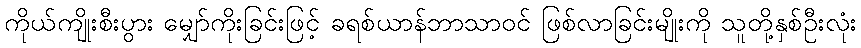
ကိုယ်ကျိုးစီးပွား မျှော်ကိုးခြင်းဖြင့် ခရစ်ယာန်ဘာသာဝင် ဖြစ်လာခြင်းမျိုးကို သူတို့နှစ်ဦးလုံး